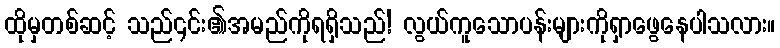
ထိုမှတစ်ဆင့် သည်၎င်း၏အမည်ကိုရရှိသည်! လွယ်ကူသောပန်းများကိုရှာဖွေနေပါသလား။